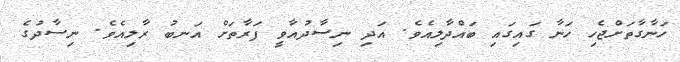
ހަނާގާތަށްޖެހި ހަނާ ގައިގައި ބައްދާލިއެވެ. އަދި ނިސާދުއާވީ ފަރާތަށް އަނބު ރާލިއެވެ. ނިސާދުގެ